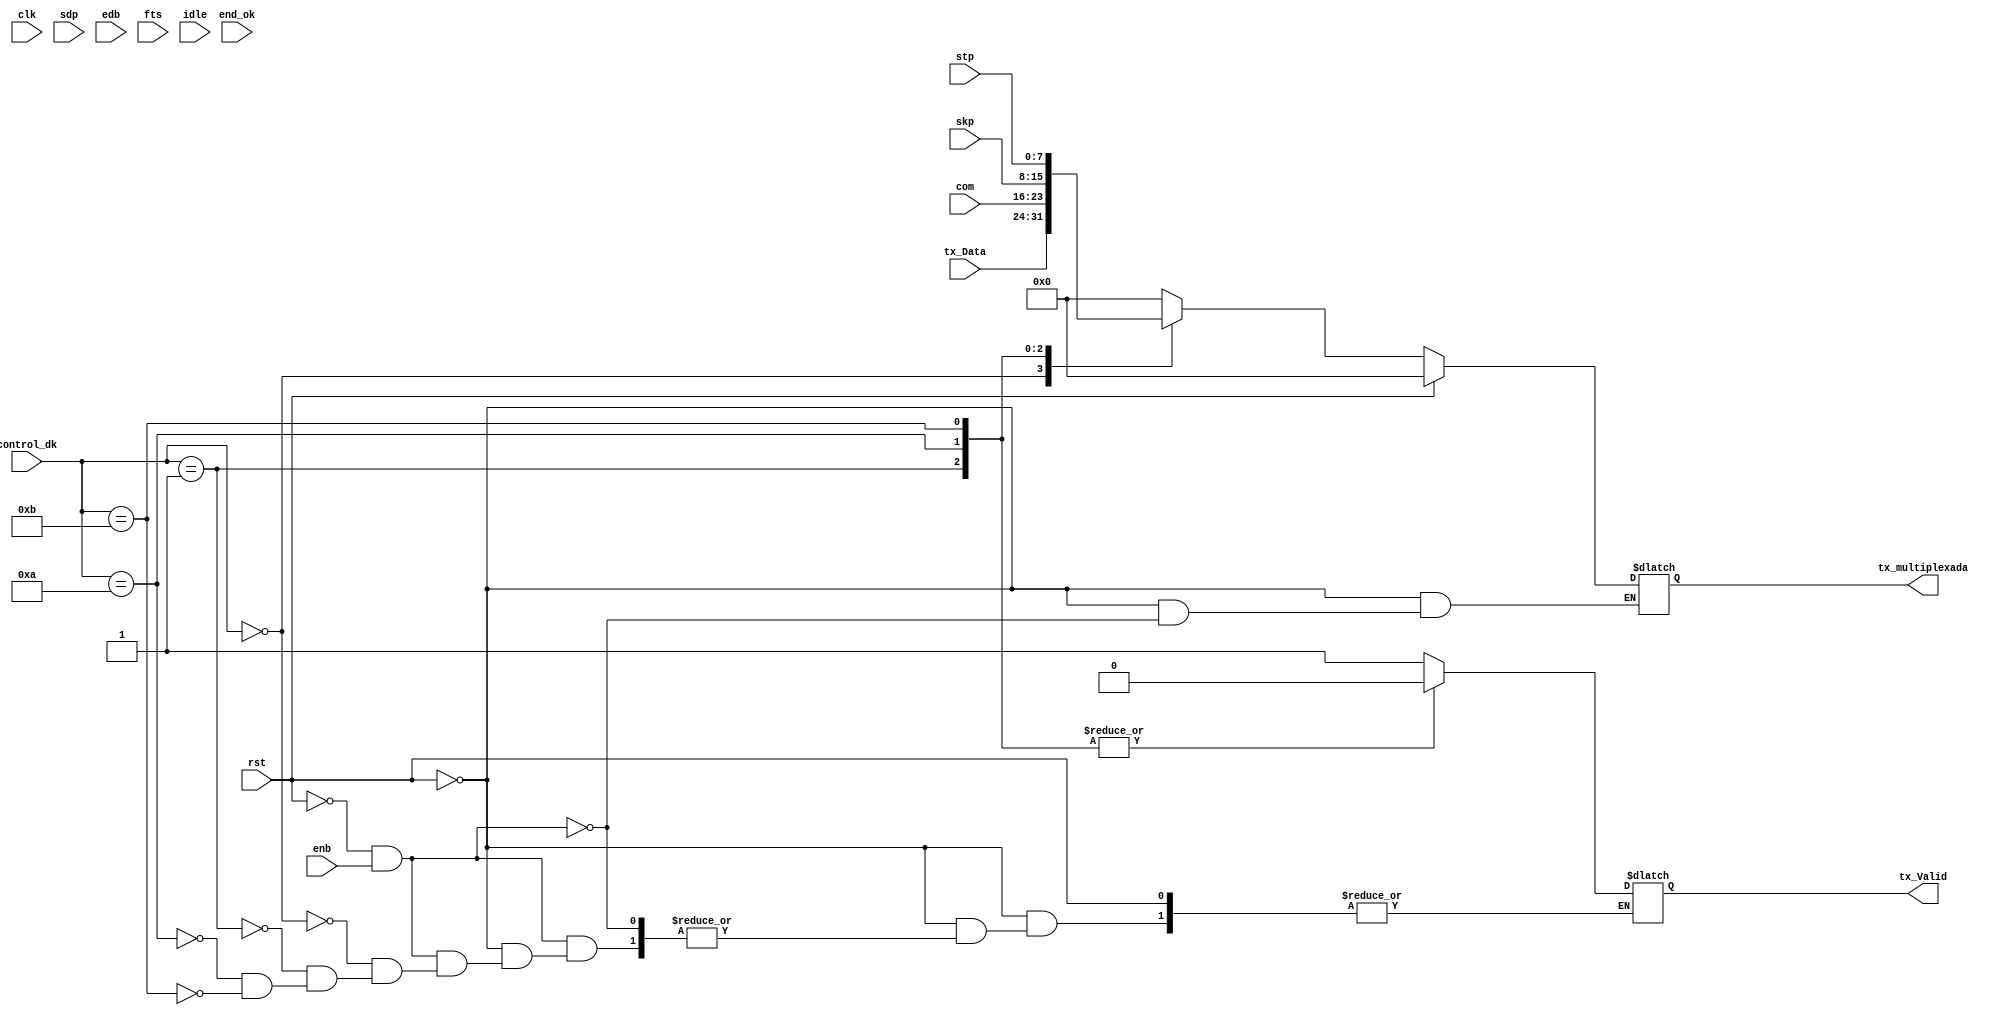
module mux(
	clk,			//reloj
	rst,			//reset
	enb,			//enable
	tx_Data,		//arreglo de datos de entrada desde data layer
	com,			//seal de control COM
	skp,			//seal de control SKP
	stp,			//seal de control STP
	sdp,			//seal de control SDP
	end_ok,			//seal de control END
	edb,			//seal de control EDB
	fts, 			//seal de control FTS
	idle,			//seal de control IDLE
	control_dk,		//entrada que indica cual seal del mux debe pasar al proceso de byte_stripping
	tx_multiplexada,        //arreglo de salida que contiene la informacion de tx_Data y las seales de control multiplexada
	tx_Valid		//salida que indica si el arreglo de salida TX lleva sel de control(0) o data(1)
);

input wire clk;
input wire rst;
input wire enb;
input wire [7:0] tx_Data;
input wire [7:0] com;
input wire [7:0] skp;
input wire [7:0] stp;
input wire [7:0] sdp;
input wire [7:0] end_ok;
input wire [7:0] edb;
input wire [7:0] fts;
input wire [7:0] idle;
input wire [3:0] control_dk;
output reg [7:0] tx_multiplexada;
output reg tx_Valid;


parameter [7:0] INACTIVE = 8'b0;

always @ (*) begin
	if(rst) begin
		tx_multiplexada = INACTIVE;
	end else if(!rst && enb) begin
		case (control_dk)
			0000: begin
			      	tx_Valid = 1;
				tx_multiplexada = tx_Data;
			end
			0001: begin
			       tx_Valid = 0;
			       tx_multiplexada = com;
			end
			0010: begin
			       tx_Valid = 0;
			       tx_multiplexada = skp;
			end
			0011: begin
			       tx_Valid = 0;
			       tx_multiplexada = stp;
			end
			0100: begin
			       tx_Valid = 0;
			       tx_multiplexada = sdp;
			end
			0101: begin
			       tx_Valid = 0;
			       tx_multiplexada = end_ok;
			end
			0110: begin
			       tx_Valid = 0;
			       tx_multiplexada = edb;
			end
			0111: begin
			       tx_Valid = 0;
			       tx_multiplexada = fts;
			end
			1000: begin
			      	tx_Valid = 1;
				tx_multiplexada = idle;
			end
			default: begin
				tx_multiplexada = INACTIVE;  
			end
		endcase	
	end
end
endmodule